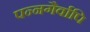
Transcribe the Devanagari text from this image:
पन्नगैर्वापि